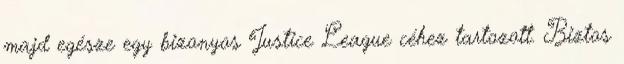
majd egésze egy bizonyos Justice League céhez tartozott. Biztos